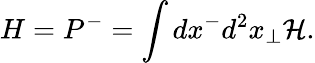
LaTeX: H=P^{-}=\int dx^{-}d^{2}x_{\bot}{\cal H}.